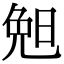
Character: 𣆶